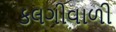
કલગીવાળી